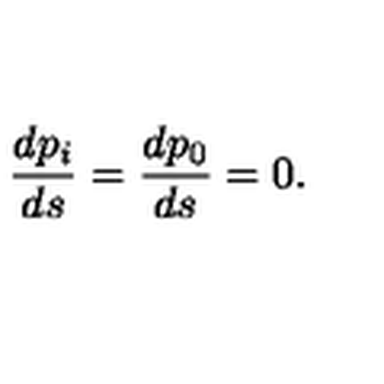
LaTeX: \frac { d p _ { i } } { d s } = \frac { d p _ { 0 } } { d s } = 0 .